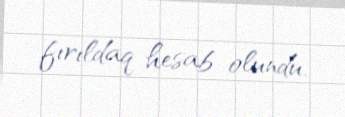
fırıldaq hesab olundu.